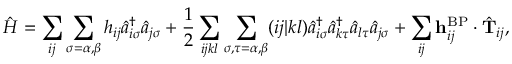
\hat { H } = \sum _ { i j } \sum _ { \sigma = \alpha , \beta } h _ { i j } \hat { a } _ { i \sigma } ^ { \dagger } \hat { a } _ { j \sigma } + \frac { 1 } { 2 } \sum _ { i j k l } \sum _ { \sigma , \tau = \alpha , \beta } ( i j | k l ) \hat { a } _ { i \sigma } ^ { \dagger } \hat { a } _ { k \tau } ^ { \dagger } \hat { a } _ { l \tau } \hat { a } _ { j \sigma } + \sum _ { i j } \mathbf { h } _ { i j } ^ { \mathrm { B P } } \cdot \hat { \mathbf { T } } _ { i j } ,